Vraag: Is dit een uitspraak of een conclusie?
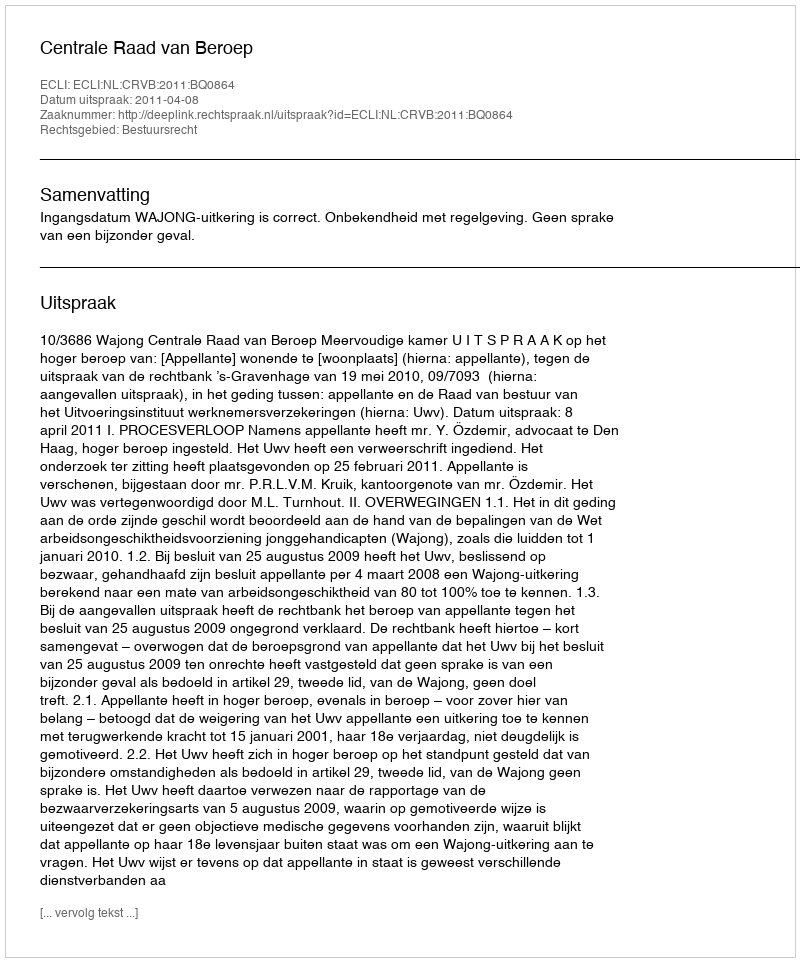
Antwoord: Uitspraak